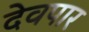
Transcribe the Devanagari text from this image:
देवपार